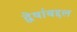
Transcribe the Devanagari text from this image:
द्वेषांबद्दल